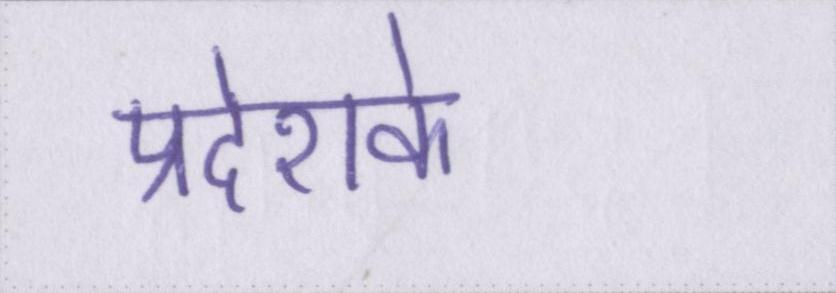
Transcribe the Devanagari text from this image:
प्रदेशके